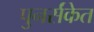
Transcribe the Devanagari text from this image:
पुनर्संकेत